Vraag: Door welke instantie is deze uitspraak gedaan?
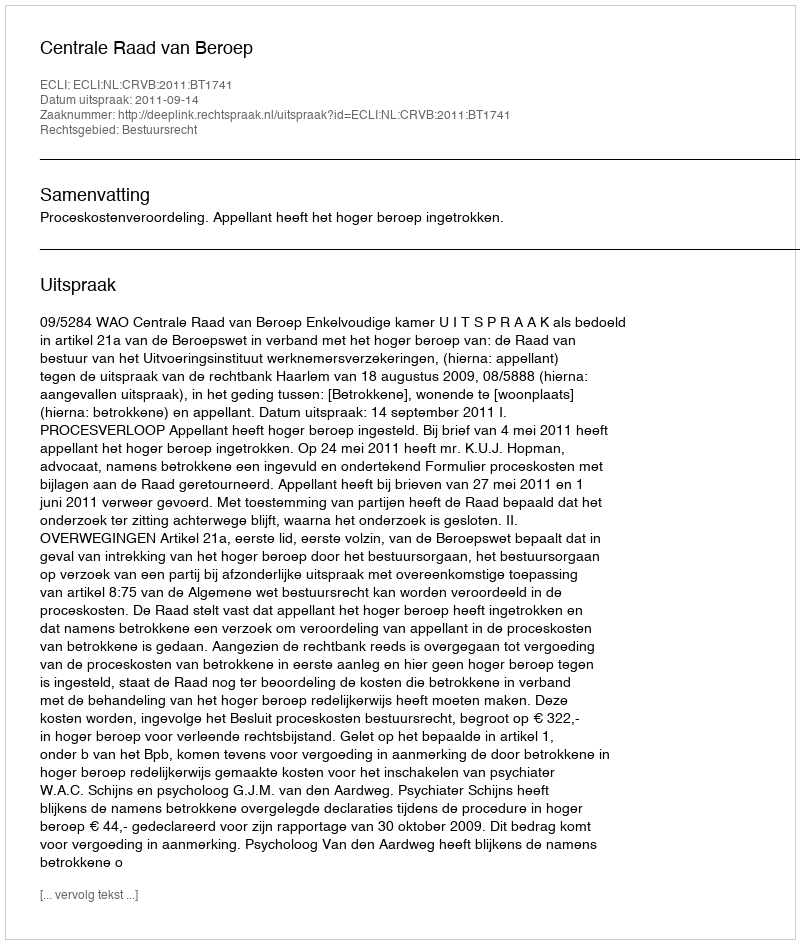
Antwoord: Centrale Raad van Beroep